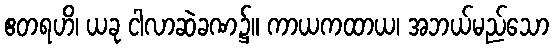
ဧတရဟိ၊ ယခု ငါလာဆဲခဏ၌။ ကာယကထာယ၊ အဘယ်မည်သော